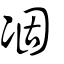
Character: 凅